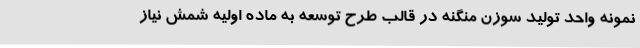
نمونه واحد تولید سوزن منگنه در قالب طرح توسعه به ماده اولیه شمش نیاز